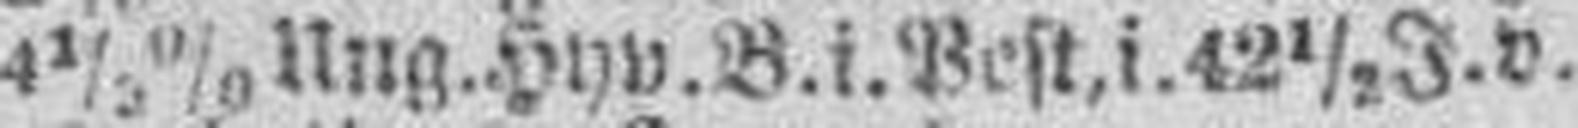
4 1/2% Ung. Hyp. B. i. Pest, i. 42 1/2 J. v.